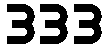
333